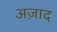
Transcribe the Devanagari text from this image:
अज़ाद